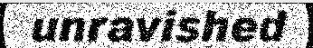
unravished